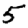
Digit: 5